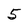
Character: 5